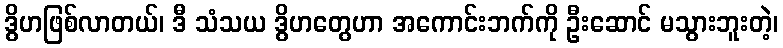
ဒွိဟဖြစ်လာတယ်၊ ဒီ သံသယ ဒွိဟတွေဟာ အကောင်းဘက်ကို ဦးဆောင် မသွားဘူးတဲ့၊